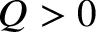
Q > 0